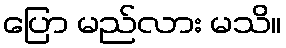
ပြော မည်လား မသိ။